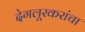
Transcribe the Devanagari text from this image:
देगलूरकरांचा